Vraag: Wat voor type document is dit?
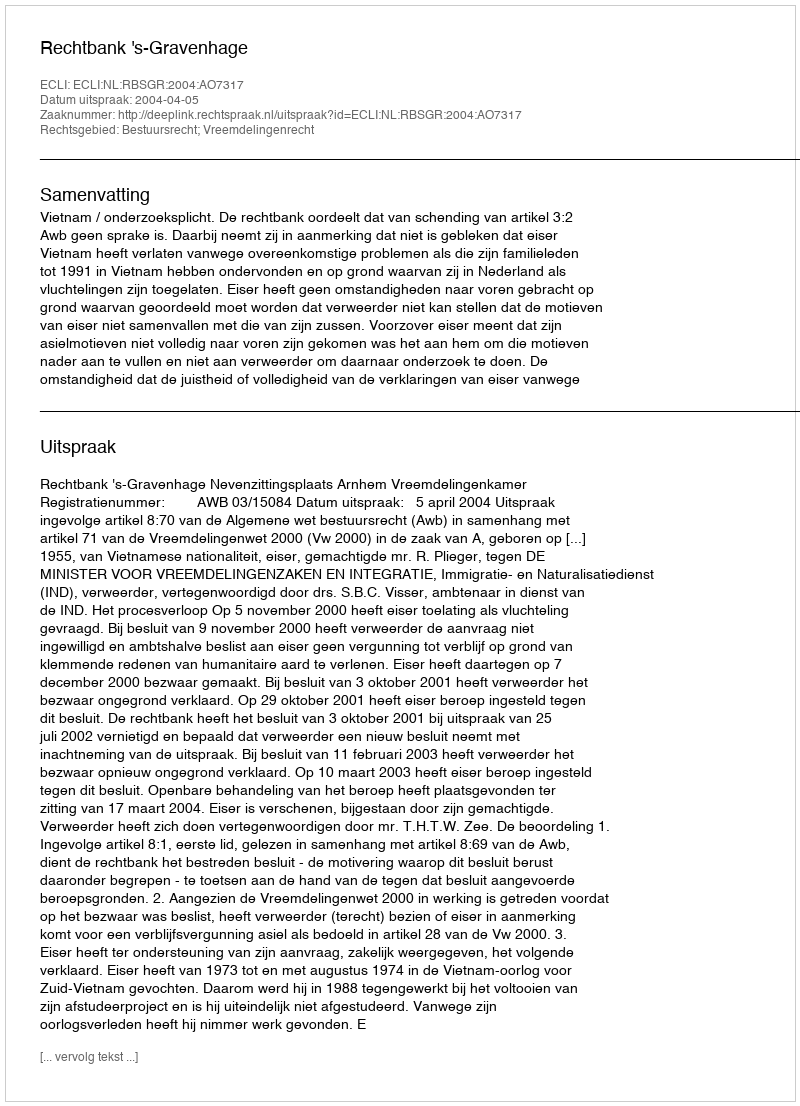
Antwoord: Uitspraak